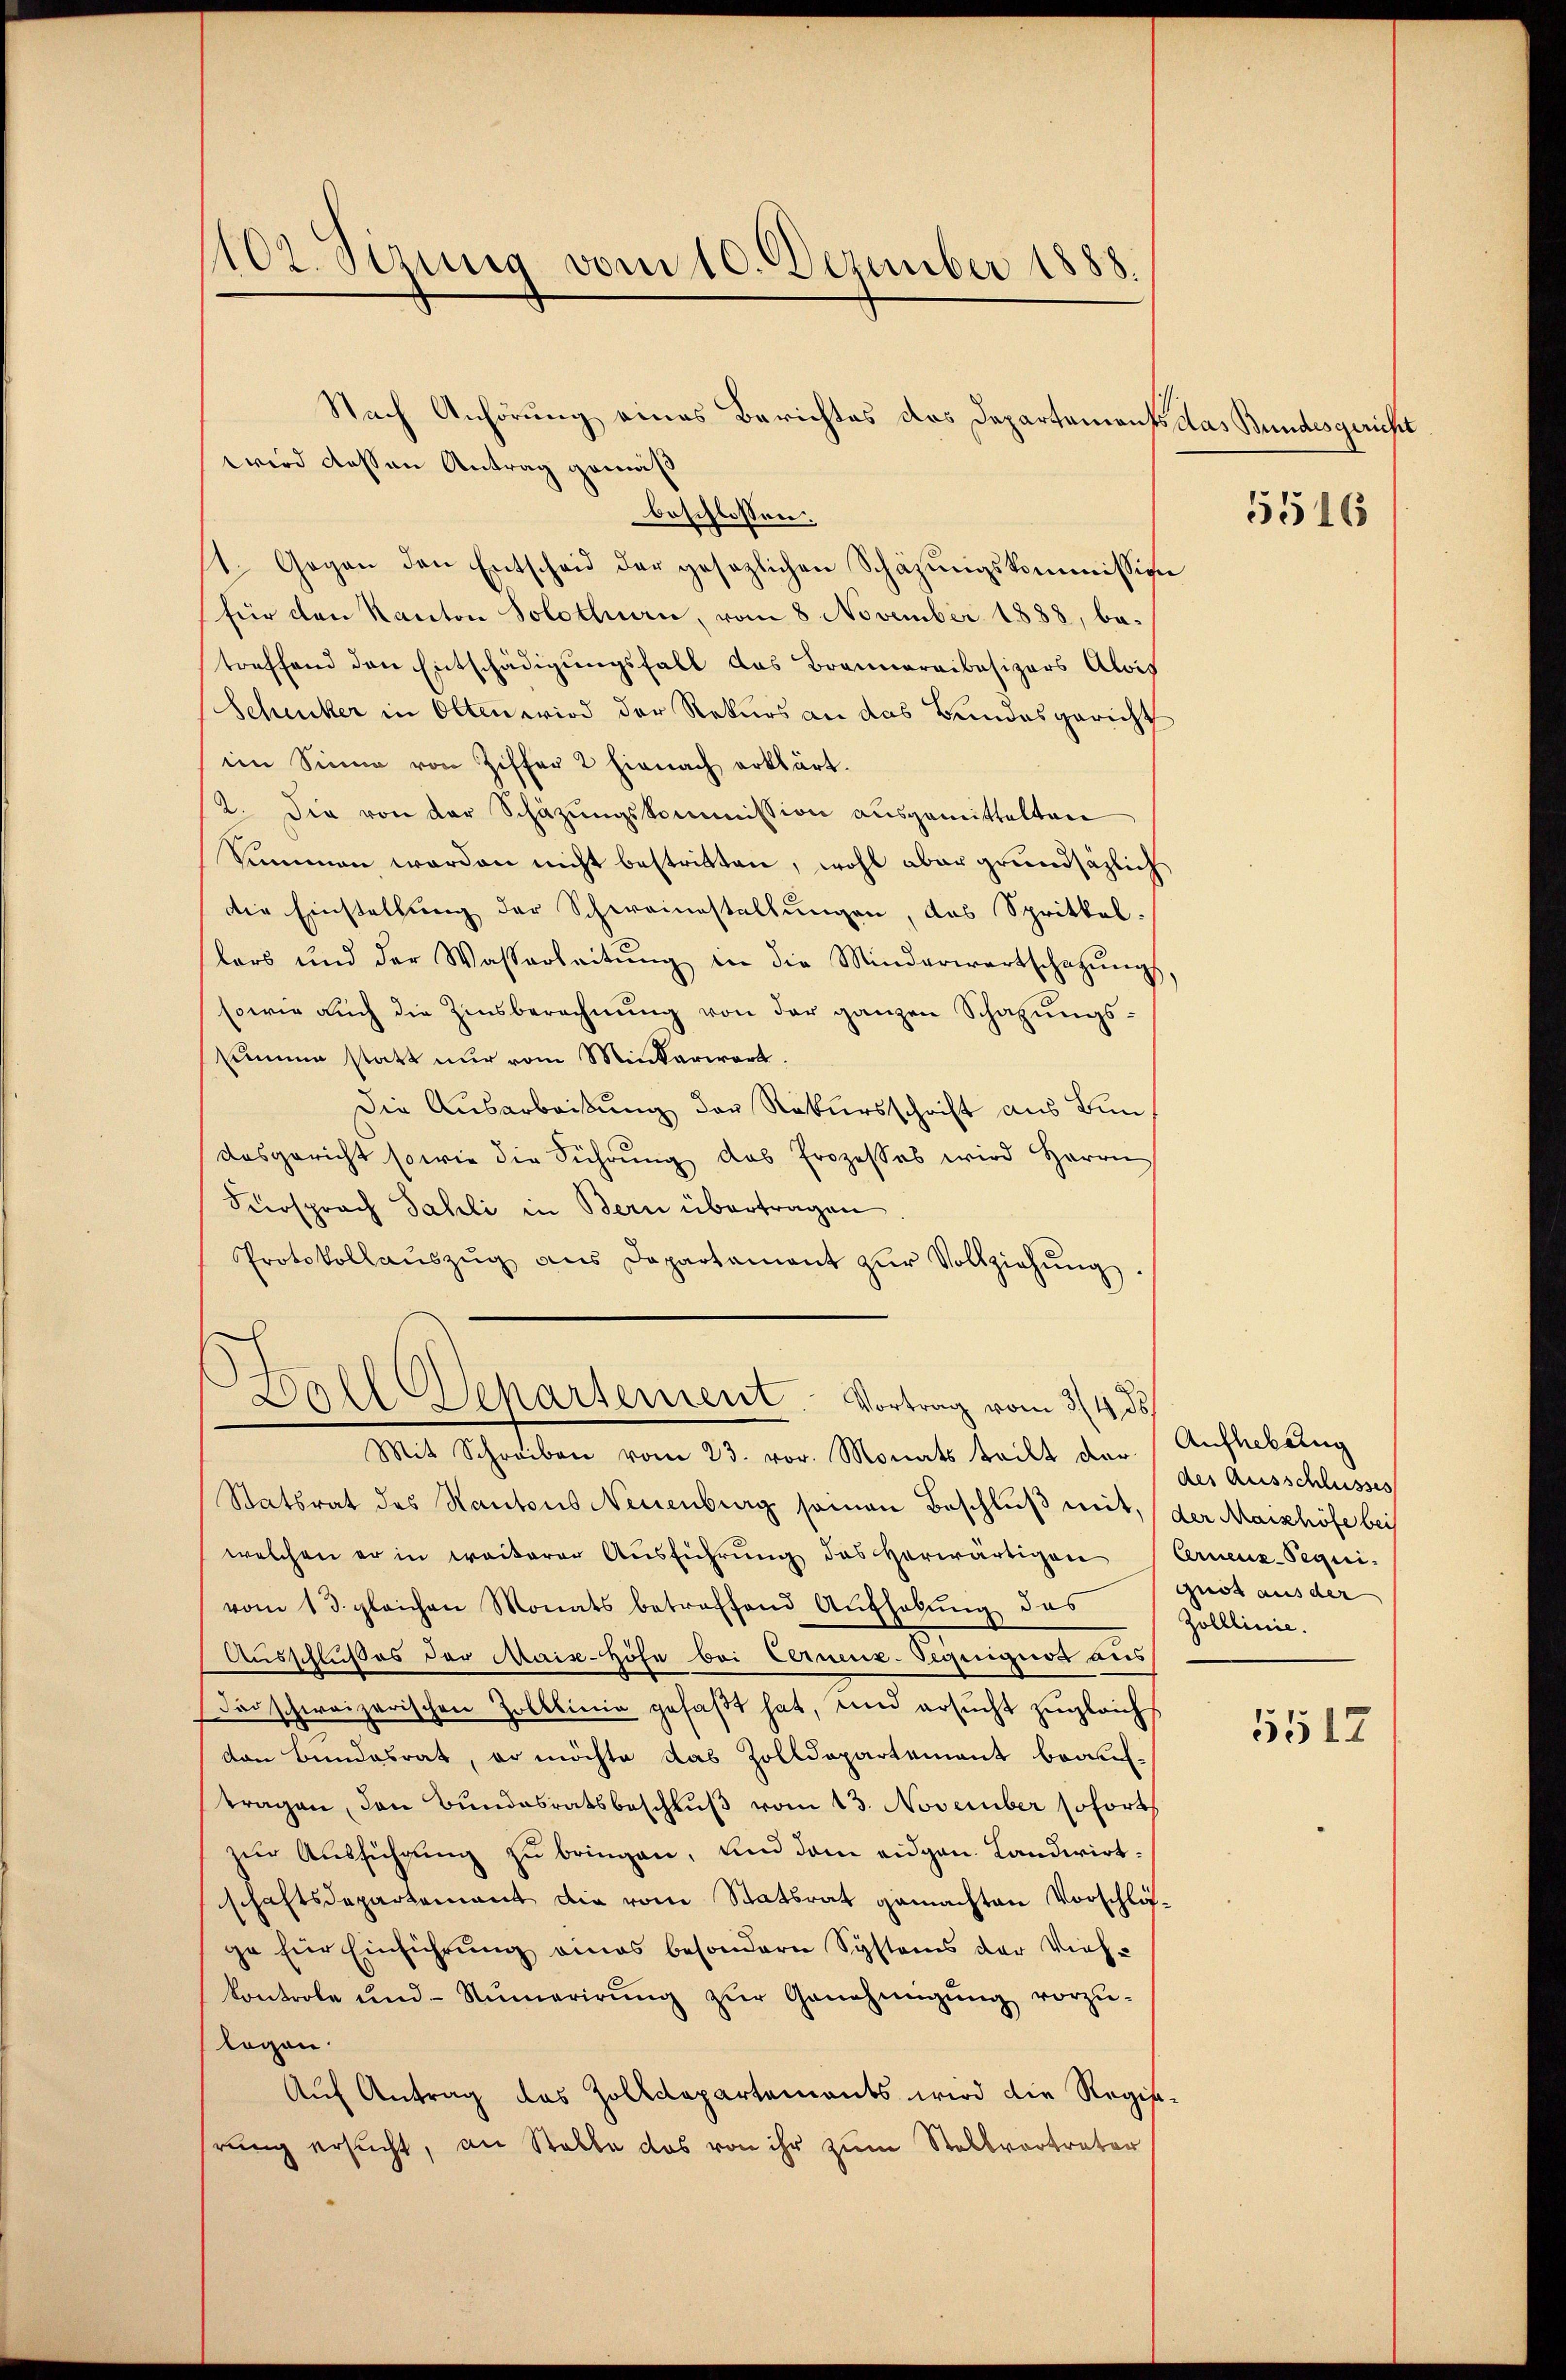
102. Sizung vom 10. Dezember 1888.

wird dessen Antrag gemäß
beschlossen:
1. Gegen den Entscheid der gesezlichen Schazungskommission
für den Kanton Solothurn, vom 8. November 1888, betreffend den Entschädigungsfall das Brannereibesizers Alois
Schicker in Olten wird der Rekurs an das Bundesgericht
im Sinne von Ziffer 2 hienach erklärt.
2. Die von der Schäzungskommission ausgemittelten
Summen worden nicht bestritten, wohl aber grundsätzlich
die Einstellung der Schweinstallungen, das Sprittel.
lars und der Wassarbeitŭng in die Minderwartschafŭngs,
sowie auch die Zinsberechnung von der ganzen Schatzungssimmen statt nur vom Minkarwert.
Die Ausarbeißung der Rekursschrift aus Bun
desgericht sowie die Führŭng das Prozesses wird Herrn
Fürsprach Sahli in Bern übertragen
Protokollaŭszŭg ans Departament zŭr Vollziehŭng.
Ball Departement. Vortrag vom 3/4. ds.
Mit Schreiben vom 23. vor. Monats teilt der Aufhebung
Statsrat des Kantons Neuenburg seien Beschluß mit, (der Maishöfe bei
welchen er in weiterer Aŭsführŭng des herwärtigen Ernenz-Pequi-
vom 13. gleichen Monats betreffend Aufhebung des
Ausschlußes der Mais-Höfe bei Cernenz-Seguiguss aus
darschweizerischen Zobklinie gefaßt hat, und ersucht zugleich
von Bundesrat, er möchte das Zolldepartement beauftragen, den Bundesratsbeschlŭβ vom 13. November sofort
zur Ausführung zu bringen, und dem eidgen. Landwirtschaftsdepartement die vom Staatsrat gemachten Vorschläge für Einführung eines besondern Systems der Vieh-
kontrole und Numerirŭng zŭr Genehmigŭng vorzŭ-
logen.
Auf Antrag das Zolldepartements wird die Regisrung ersucht, an Stelle das von ihr zum Stellvertreter

Nach Anhörung eines Berichtes das Departements das Bundesgericht

5516

des Ausschlusses
guos aus der
Zolllinie.
5512